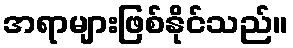
အရာများဖြစ်နိုင်သည်။